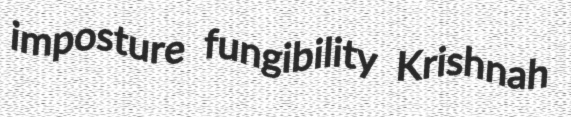
imposture fungibility Krishnah